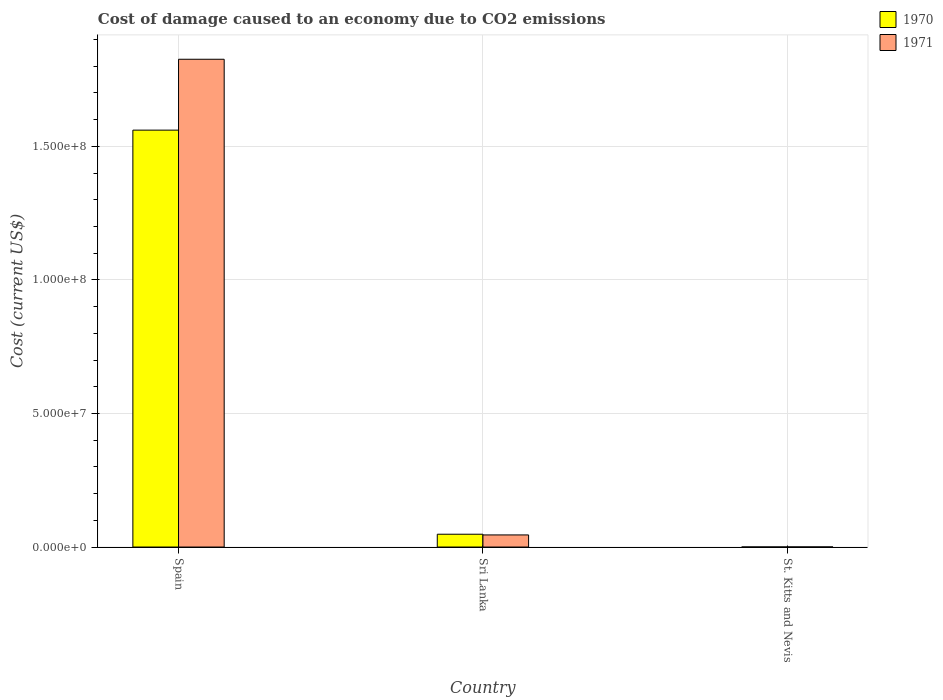
| Country | 1970 | 1971 |
 | --- | --- | --- |
 | Spain | 1.56e+08 | 1.83e+08 |
 | Sri Lanka | 4.8e+06 | 4.54e+06 |
 | St. Kitts and Nevis | 3.43e+04 | 4.16e+04 |